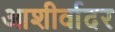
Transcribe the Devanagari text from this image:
आशीर्वादर